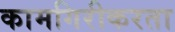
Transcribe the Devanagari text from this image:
कामगिरीकरता